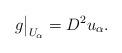
LaTeX: \begin{align*}g\big|_{U_\alpha}=D^2u_\alpha.\end{align*}